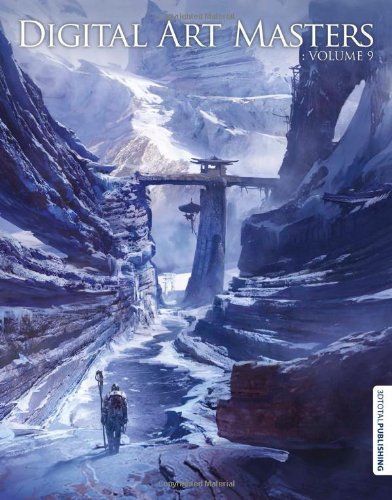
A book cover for Digital Art Masters: Volume 9; Computers & Technology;